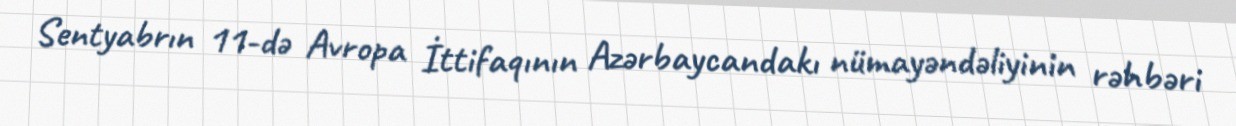
Sentyabrın 11-də Avropa İttifaqının Azərbaycandakı nümayəndəliyinin rəhbəri